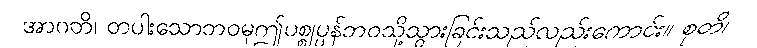
အာဂတိ၊ တပါးသောဘဝမှဤပစ္စုပ္ပန်ဘဝသို့သွားခြင်းသည်လည်းကောင်း။ စုတိ၊